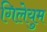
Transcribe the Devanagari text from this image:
गिलेयुम